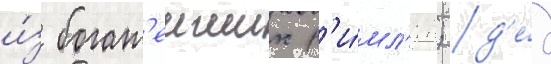
и́з богат'еиших р'и́мл'ян; д'е́д